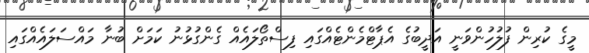
މީގެ ކުރިން ފުލުހުންވަނީ އަދީބުގެ އެޕާޓްމެންޓެއްގައި ފިސްތޯލައެއް ގެންގުޅުނު ކަމަށް ބުނާ މައްސަލައެއްގައި